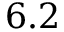
6 . 2